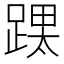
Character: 𮛳